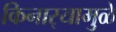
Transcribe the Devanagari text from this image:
किनार्‍यामुळे